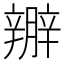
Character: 𨐱